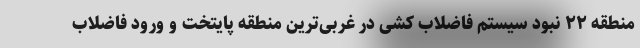
منطقه ۲۲ نبود سیستم فاضلاب کشی در غربی‌ترین منطقه پایتخت و ورود فاضلاب